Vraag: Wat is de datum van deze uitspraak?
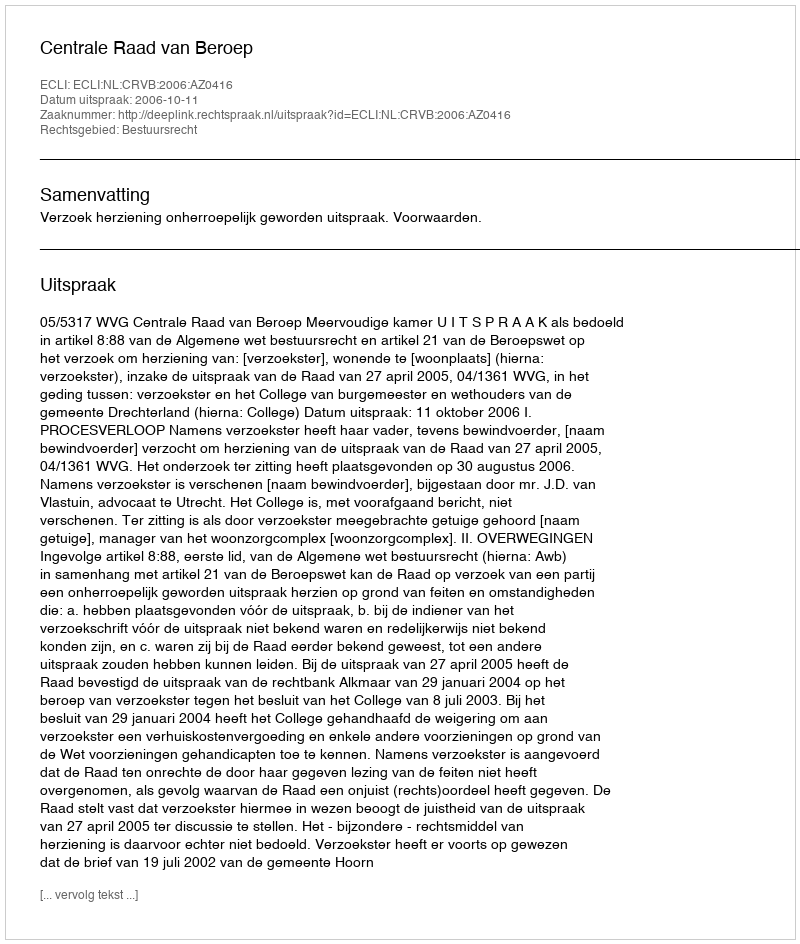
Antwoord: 2006-10-11